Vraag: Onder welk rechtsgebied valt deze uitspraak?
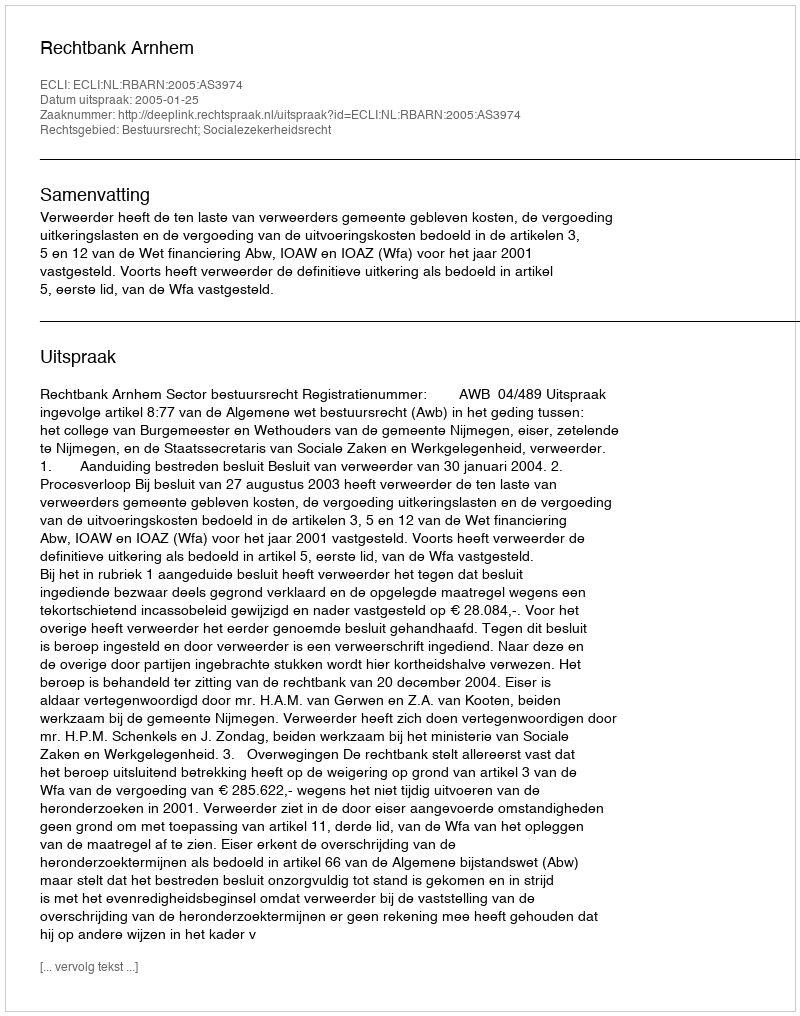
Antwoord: Bestuursrecht; Socialezekerheidsrecht